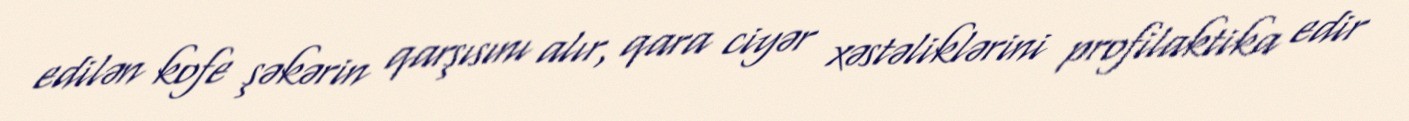
edilən kofe şəkərin qarşısını alır, qara ciyər xəstəliklərini profilaktika edir